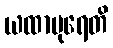
ယထာပုရေတိ